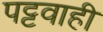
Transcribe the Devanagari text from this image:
पट्टवाही